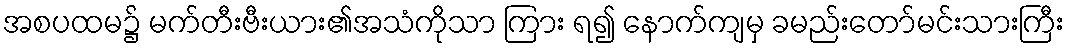
အစပထမ၌ မက်တီးဗီးယား၏အသံကိုသာ ကြား ရ၍ နောက်ကျမှ ခမည်းတော်မင်းသားကြီး